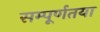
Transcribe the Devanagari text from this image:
सम्पूर्णतया